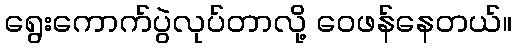
ရွေးကောက်ပွဲလုပ်တာလို့ ဝေဖန်နေတယ်။